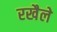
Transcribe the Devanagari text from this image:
रखैले